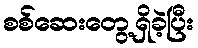
စစ်ဆေးတွေ့ရှိခဲ့ပြီး